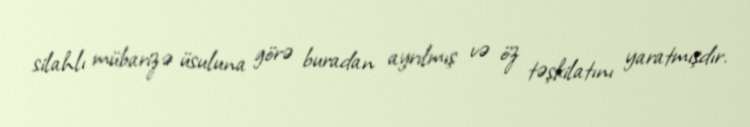
silahlı mübarizə üsuluna görə buradan ayrılmış və öz təşkilatını yaratmışdır.